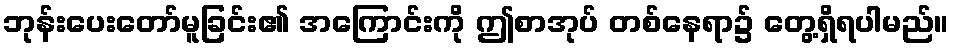
ဘုန်းပေးတော်မူခြင်း၏ အကြောင်းကို ဤစာအုပ် တစ်နေရာ၌ တွေ့ရှိရပါမည်။